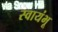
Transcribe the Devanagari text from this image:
स्वायंभू